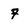
Character: 7